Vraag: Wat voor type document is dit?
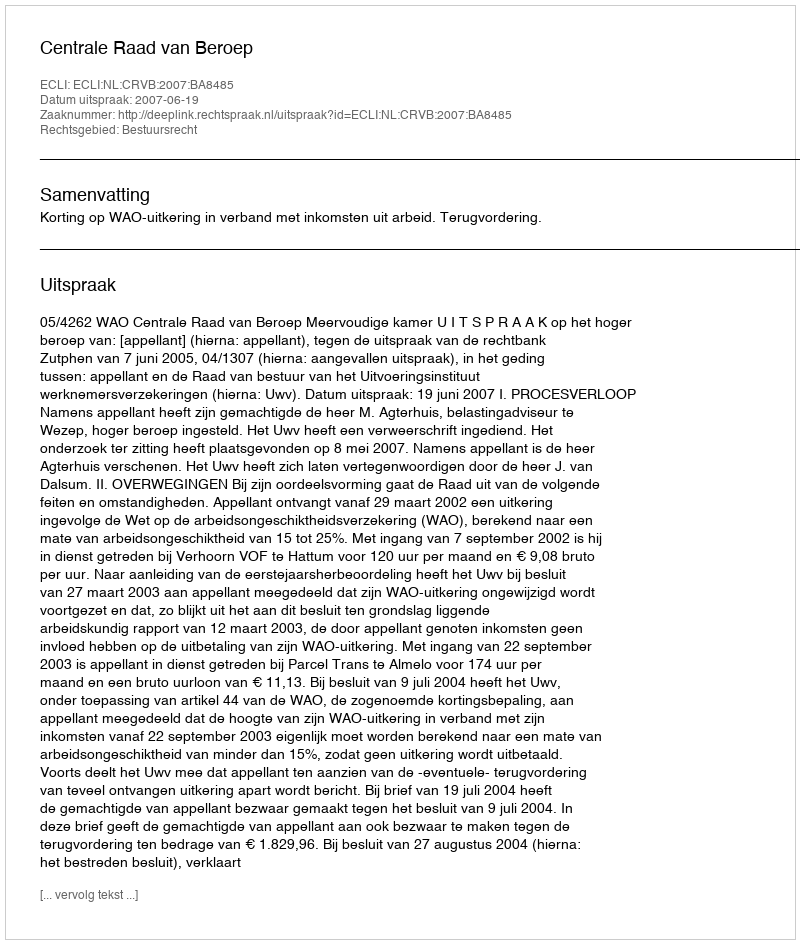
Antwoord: Uitspraak